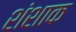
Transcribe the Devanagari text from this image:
शंशाक